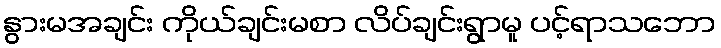
နွားမအချင်း ကိုယ်ချင်းမစာ လိပ်ချင်းရွာမူ ပင့်ရာသဘော